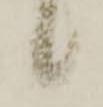
候